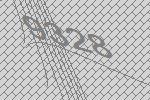
9328